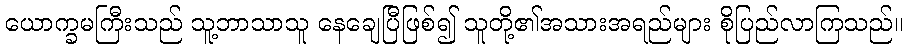
ယောက္ခမကြီးသည် သူ့ဘာသာသူ နေချေပြီဖြစ်၍ သူတို့၏အသားအရည်များ စိုပြည်လာကြသည်။